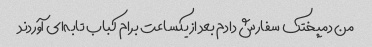
من دمپختک سفارش دادم بعد از یکساعت برام کباب تابه‌ای آوردند